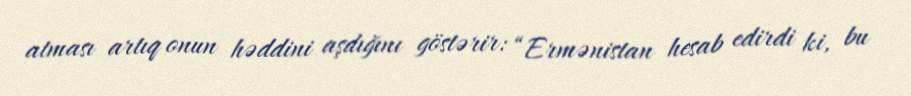
atması artıq onun həddini aşdığını göstərir: “Ermənistan hesab edirdi ki, bu